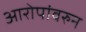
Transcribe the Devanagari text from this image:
आरोपांवरुन